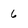
Character: 6